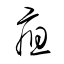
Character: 疽